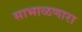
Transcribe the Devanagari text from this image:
साभाळणारा